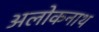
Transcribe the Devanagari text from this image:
अलोकनाथ